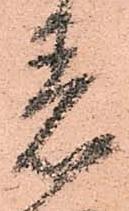
着